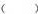
( )